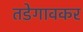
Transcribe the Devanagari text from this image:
तडेगावकर